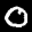
Digit: 8